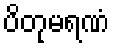
ပိတုမရဏံ